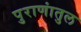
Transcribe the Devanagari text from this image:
पुराणांतुल